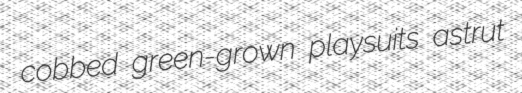
cobbed green-grown playsuits astrut